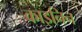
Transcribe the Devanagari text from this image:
काइनिन